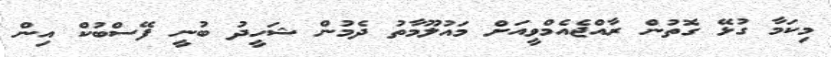
މިކަމާ ގުޅޭ ގޮތުން ރާއްޖެއެމްވީއަށް މައުލޫމާތު ދެމުން ޝަހީދު ބުނީ ފޭސްބުކް އިން